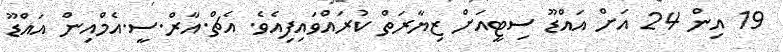
19 އިން 24 އަށް އައްޑޫ ސިޓީއަށް ޒިޔާރަތް ކުރައްވައިފިއެވެ. އެޗް.އާރް.ސީ.އެމްއިން އައްޑޫ